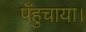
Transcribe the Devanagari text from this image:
पँहुचाया।